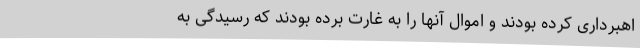
اهبرداری کرده بودند و اموال آنها را به غارت برده بودند که رسیدگی به